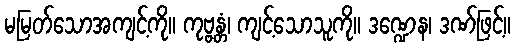
မမြတ်သောအကျင့်ကို။ ကုဗ္ဗန္တံ၊ ကျင့်သောသူကို။ ဒဏ္ဍေန၊ ဒဏ်ဖြင့်။